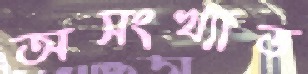
অসংখ্যাত